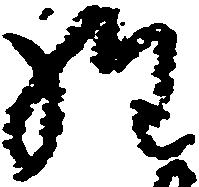
経